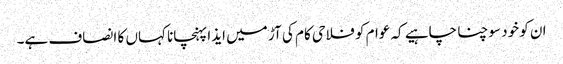
ان کو خود سوچنا چاہیے کہ عوام کو فلاحی کام کی آڑ میں ایذا پہنچانا کہاں کا انصاف ہے۔